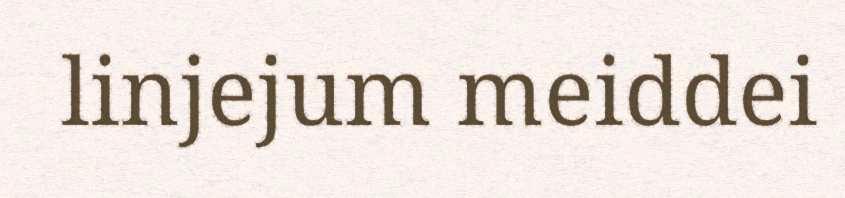
linjejum meiddei